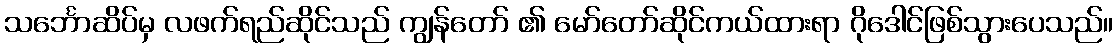
သင်္ဘောဆိပ်မှ လဖက်ရည်ဆိုင်သည် ကျွန်တော် ၏ မော်တော်ဆိုင်ကယ်ထားရာ ဂိုဒေါင်ဖြစ်သွားပေသည်။